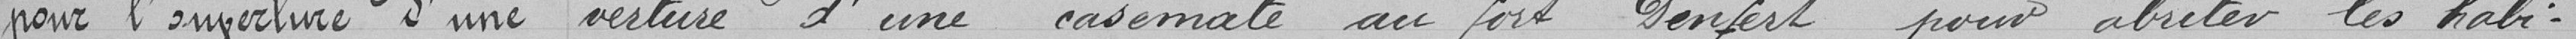
pour l'ouverture d'une ....  verture d'une casemate au fort Denfert pour abriter les habi-